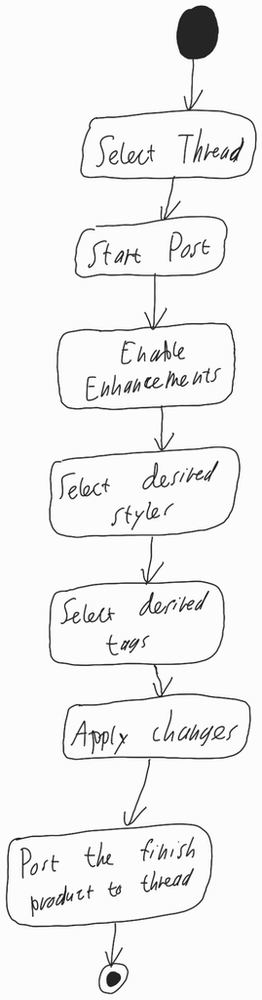
Diagram type: activity_diagram
```plantuml
@startuml

start

:Select Thread;

:Start Post;

:Enable Enhancements;

:Select desired styles;

:Select desired tags;

:Apply changes;

:Post the finish product to thread;

stop

@enduml
```